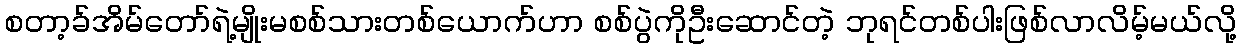
စတာ့ခ်အိမ်တော်ရဲ့မျိုးမစစ်သားတစ်ယောက်ဟာ စစ်ပွဲကိုဦးဆောင်တဲ့ ဘုရင်တစ်ပါးဖြစ်လာလိမ့်မယ်လို့